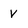
Character: v